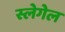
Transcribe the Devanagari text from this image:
स्लेगेल